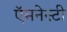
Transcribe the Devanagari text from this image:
ऍमनेस्टी